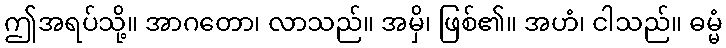
ဤအရပ်သို့။ အာဂတော၊ လာသည်။ အမှိ၊ ဖြစ်၏။ အဟံ၊ ငါသည်။ ဓမ္မံ